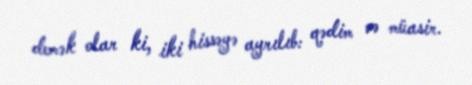
demək olar ki, iki hissəyə ayrılıb: qədim və müasir.